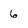
Character: 6